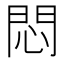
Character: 悶